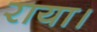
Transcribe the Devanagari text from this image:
राया।